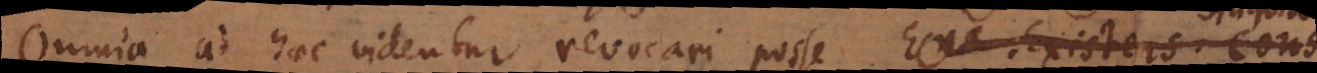
Omnia ad haec videntur revocari posse. Ens. Existens. c